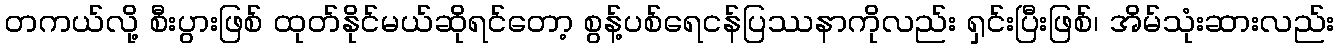
တကယ်လို့ စီးပွားဖြစ် ထုတ်နိုင်မယ်ဆိုရင်တော့ စွန့်ပစ်ရေငန်ပြဿနာကိုလည်း ရှင်းပြီးဖြစ်၊ အိမ်သုံးဆားလည်း